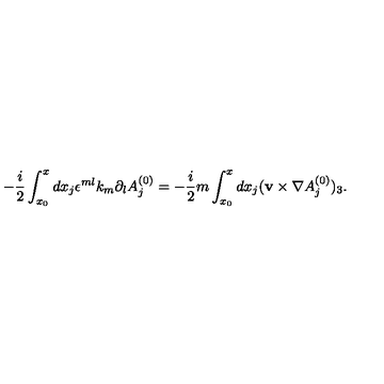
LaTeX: - \frac { i } { 2 } \int _ { x _ { 0 } } ^ { x } d x _ { j } \epsilon ^ { m l } k _ { m } \partial _ { l } A _ { j } ^ { ( 0 ) } = - \frac { i } { 2 } m \int _ { x _ { 0 } } ^ { x } d x _ { j } ( { \bf v } \times \nabla A _ { j } ^ { ( 0 ) } ) _ { 3 } .